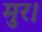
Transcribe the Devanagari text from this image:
मुर।